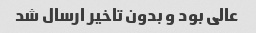
عالی بود و بدون تاخیر ارسال شد